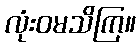
လုံးဝမသိကြ။